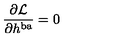
\frac { \partial { \cal L } } { \partial h ^ { \mathrm { b a } } } = 0